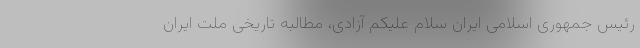
رئیس جمهوری اسلامی ایران سلام علیکم آزادی، مطالبه تاریخی ملت ایران